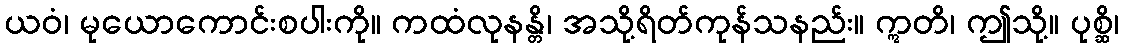
ယဝံ၊ မုယောကောင်းစပါးကို။ ကထံလုနန္တိ၊ အသို့ရိတ်ကုန်သနည်း။ ဣတိ၊ ဤသို့။ ပုစ္ဆိ၊